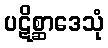
ပဋိစ္ဆာဒေသုံ